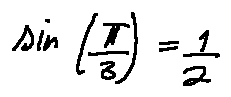
\sin ( \frac { \pi } { 3 } ) = \frac { 1 } { 2 }